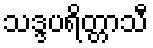
သဒ္ဒပရိတ္တာသီ